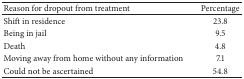
<table><thead><tr><td><b>Reason for dropout from treatment</b></td><td><b>Percentage</b></td></tr></thead><tbody><tr><td>Shift in residence </td><td>23.8</td></tr><tr><td>Being in jail</td><td>9.5</td></tr><tr><td>Death</td><td>4.8</td></tr><tr><td>Moving away from home without any information</td><td>7.1</td></tr><tr><td>Could not be ascertained </td><td>54.8</td></tr></tbody></table>